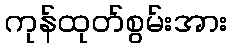
ကုန်ထုတ်စွမ်းအား